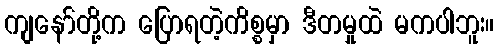
ကျနော်တို့က ပြောရတဲ့ကိစ္စမှာ ဒီတမှုထဲ မကပါဘူး။